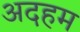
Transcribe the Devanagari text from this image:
अदहम